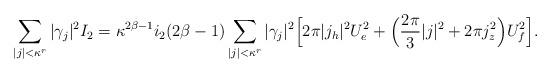
LaTeX: \begin{align*} \sum_{|j|<\kappa^r}|\gamma_j|^2 I_2 = \kappa^{2\beta-1}i_2(2\beta-1) \sum_{|j|<\kappa^r}|\gamma_j|^2 \Bigl[2\pi|j_h|^2 U_e^2 + \Bigl(\frac{2\pi}3|j|^2 + 2\pi j_z^2\Bigr)U_f^2\Bigr].\end{align*}